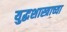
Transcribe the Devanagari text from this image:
युद्धशास्त्राच्या